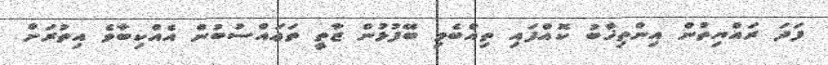
ފަދަ ރައްޔިތުން އިންތިޚާބު ކޮއްފައި ތިއްބެވި ބޭފުޅުން ޒާތީ ތަޢައްސުބުން އެއްކިބާވެ އިތުރަށް